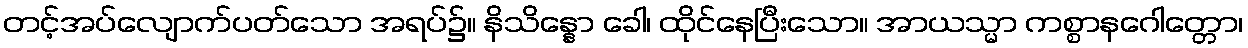
တင့်အပ်လျောက်ပတ်သော အရပ်၌။ နိသိန္နော ခေါ၊ ထိုင်နေပြီးသော။ အာယသ္မာ ကစ္စာနဂေါတ္တော၊